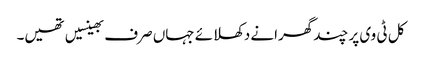
کل ٹی وی پر چند گھرانے دکھلائے جہاں صرف بھینسیں تھیں۔